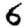
Digit: 6